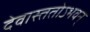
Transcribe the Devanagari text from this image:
देवास्ततोऽभवन्